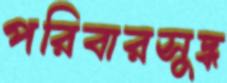
পরিবারসুদ্ধ